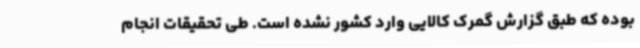
بوده که طبق گزارش گمرک کالایی وارد کشور نشده است. طی تحقیقات انجام